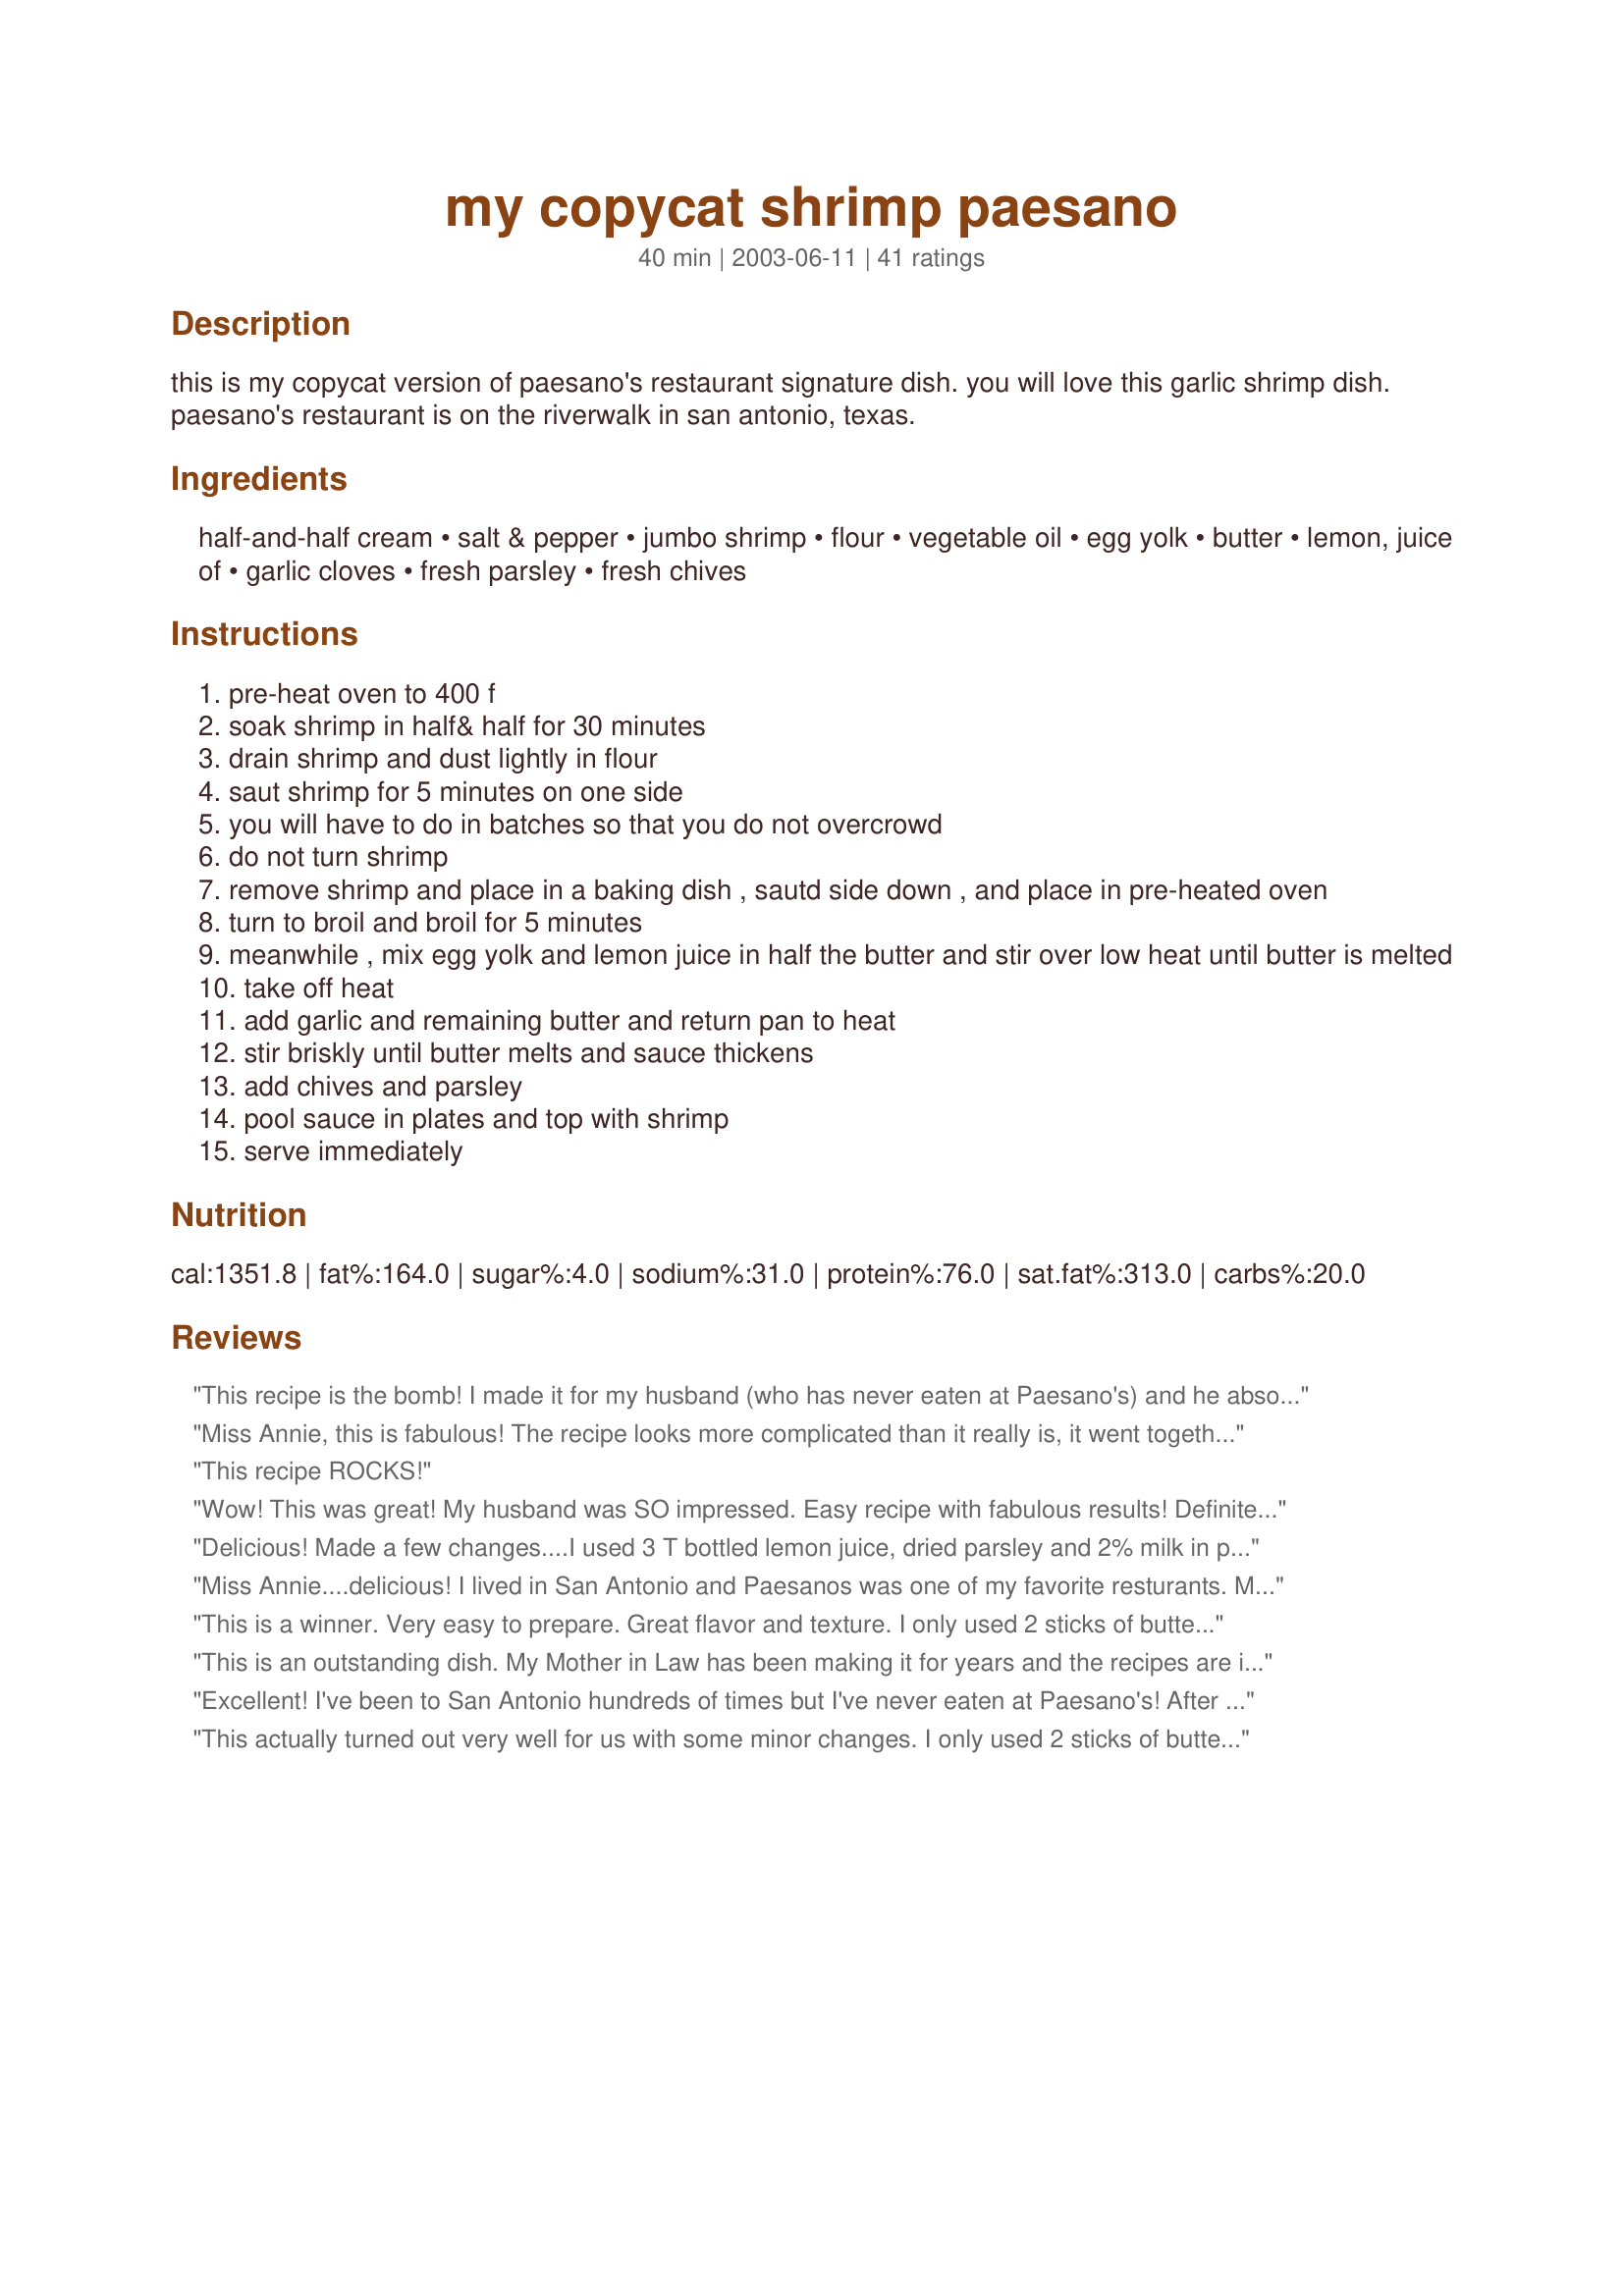
my copycat shrimp paesano
Preparation time: 40 minutes

this is my copycat version of paesano's restaurant signature dish. you will love this garlic shrimp dish. paesano's restaurant is on the riverwalk in san antonio, texas.

Ingredients:
half-and-half cream, salt & pepper, jumbo shrimp, flour, vegetable oil, egg yolk, butter, lemon, juice of, garlic cloves, fresh parsley, fresh chives

Steps:
pre-heat oven to 400 f
soak shrimp in half& half for 30 minutes
drain shrimp and dust lightly in flour
saut shrimp for 5 minutes on one side
you will have to do in batches so that you do not overcrowd
do not turn shrimp
remove shrimp and place in a baking dish , sautd side down , and place in pre-heated oven
turn to broil and broil for 5 minutes
meanwhile , mix egg yolk and lemon juice in half the butter and stir over low heat until butter is melted
take off heat
add garlic and remaining butter and return pan to heat
stir briskly until butter melts and sauce thickens
add chives and parsley
pool sauce in plates and top with shrimp
serve immediately

Reviews:
This recipe is the bomb! I made it for my husband (who has never eaten at Paesano's) and he absolutely LOVED it! I have had the "real" Shrimp Paesano, and I can tell you this is a GREAT recipe. I won't be going there for this dish anymore - I like mine (yours) just as well! 

One thing... step 9 says to remove the sauce from the heat and step 10 says to add the rest of the sauce ingredients, but never says to return the pan to the heat, which I had to do iin order to finish the sauce. I submitted a correction, I hope you don't mind... just in case there's another out there like me who follows a recipe "to the T". Thanks for sharing this great recipe - I will be making it for a long time to come, I am sure!
Miss Annie, this is fabulous! The recipe looks more complicated than it really is, it went together very nicely. This has an amazing good flavor, we devoured it! I couldn't find any jumbo shrimp, so used extra large, there was 28 of them in a pound. I served this with steamed red potatoes and fresh asparagus. Heaven!! Thanks Ann!
This recipe ROCKS!
Wow! This was great! My husband was SO impressed. Easy recipe with fabulous results! Definitely my favorite shrimp recipe. Thanks!!
Delicious! Made a few changes....I used 3 T bottled lemon juice, dried parsley and 2% milk in place of the half and half. I felt guilty using all the butter, I think I'll skimp with 1 cup only and add more milk BUT also decrease lemon juice next time. My family really enjoyed this! We served over fettucini with roasted asparagus and a winter salad. I poured the sauce over the shrimp and then broiled as directed(sauce made ahead of time and this kept it warm.) Will add to favorites! TY
Miss Annie....delicious! I lived in San Antonio and Paesanos was one of my favorite resturants. My friends and I loved it. We all ordered the shrimp scampi as an appetizer, everytime we went. I was thinking though, maybe a just little plain bread crumbs added to the flour..again just a little. There is a texture in the real one that I believe is bread crumbs. (? imo) I do however believe you hit it on the nail with all other ingredients. Great Recipe regardless. Thanks! Long live shrimp scampi!
This is a winner. Very easy to prepare. Great flavor and texture. I only used 2 sticks of butter. I replaced the lemon juice with Key Lime Juice
This is an outstanding dish. My Mother in Law has been making it for years and the recipes are indentical. I prepared it recently and after plating it I just had to take a picture to show off.
Excellent! I've been to San Antonio hundreds of times but I've never eaten at Paesano's! After trying out this recipe, I'll be dining at Paesano's next time I'm in town. In the meantime, I'll be fixing this dish over and over again. I followed your directions exactly and wouldn't change a thing! I served this over wheat pasta along with a fresh tossed salad. Thanks Miss Annie!
This actually turned out very well for us with some minor changes. I only used 2 sticks of butter, but could have used much, much less I think. After tasting the sauce it needed some seasoning so I added some kosher salt and fresh ground pepper. I also seasoned the shirmp with Old Bay Seasoning to spice it up a little for our taste. Dave loved it. Served this with <a href="/189611">Lemon Lovin' Asparagus</a> and a salad and we had a perfect dinner. Thanks for sharing.
Excellent! Living in San Antonio, I still can't make it Paesano's nearly enough for this dish. Now I don't have to. Fantastic copy-cat recipe. Thanks for sharing!
This recipe was one of the best shrimp dishes I have tasted and cooked. Very high quality taste to it and pretty easy to make. My kids and husband gobbled it up. Good job and thanks!
I have to admit, I live in San Antone and have never been to Paesano's....but I have been told this is better. I made shrimp with only 2 sticks of butter and no other changes. Served with Angel Hair pasta and sauted spinach and asparagus...then put the shrimp on top of the pasta and poured the sauce. The man of the house said I just need 2 more hits like this and I should open my only restaurant!! Thanks for a great recipe.
This one was a winner with my crew. Excellent all the way!! I will be making this often. Easy to prepare and the results are phenomenal. Thank you Miss Annie for a wonderful recipe.
Miss Annie....3 words, yum, yum, yum! My husband's only comment, "oh honey, awesome dinner!" Easy, quick, and very, very good....thank you.
I followed this precisely, except I didn't use as much flour as recommended. About 1/4 c. nicely lightly dusted the shrimp. There was tons of extra sauce, so I'll save that for later, and probably add another 2-3 cloves of garlic, or maybe some cayenne. The dish was rather bland to my tastes and slightly disappointing. I'm going to try it again, because of the ratings, and just see if it was an off night for me. I hope so....
Having never been to the restaurant in Texas, I had nothing to compare it to. I made this a few weeks ago and we loved it, So much so I'm serving tonight on Xmas Eve with other seafood. It's not some we would eat often, since it's pretty rich, but a very nice special occasion meal.
I will try again for sure, but for some reason this didn't turn out the way it should have. I must have done something wrong since other reviews say it tastes just like the real thing. That's what I was looking forward to, as Shrimp Paesano from Paesano's is to die for! I will review again after the next time!
Nice dish- hubby really liked it. kids were ok with it. used only 2 sticks butter. the only problem with this dish is the heavyness of the butter sauce. i did add some half and half to the sauce- had to make it spread a little more since i used 2 lb of shrimp. also used a little more garlic and lemon. I only wish this wern't such a HIGH FAT/Calorie dish cause we would definately eat it more often. We ate over linguini, but I felt that it would be much better as a appetizer (just shrimp and sauce) than a meal. so the next time we might cut the recipe in half and just use as a appetizer when we have appetizer night. thanks so much for sharing this. A wonderful recipe!!!!
Did this recipe just as it states. I have never had shrimp made this way before....and I must say it was wonderful..... My hubby said I can make this again soon. Thanks for sharing such a great shrimp recipe.
I really liked it- very light. Served it with pasta. Dh didn't like the sauce much, but he still liked the shrimp.

thank you
I've never been to Paesano before, so I have no idea about the copycat quality of the recipe, but I do know that I enjoyed it very much! I used 31-40/lb shrimp and removed the tails, and at the end I let the shrimp soak in the sauce, then removed them for serving (husband is not a big fan of saucy foods), but other than that, it was the same. The one side saute and the broil give them such a unique and tasty texture.

I may liven it up with some sort of spice the next time (paprika or similar), because while the dish is not bland, t doesn't have the kick I usually look for. But it is a wonderful departure from the usual super spicy or super creamy/cheesy shrimp dishes!
loved it! added 1 c. half and half (from marinade) to sauce and served over pasta!
Fab!!!! This is our new favorite romantic dinner at home! Thanks!
Excellent! I loved how crispy the shrimp were - seasoned great too. I pretty much followed directions exactly, just used enough 1/2 & 1/2 to cover my shrimp. We didn't eat these over pasta. We used cheesy garlic toast to soak up the sauce instead. Will make again!
Decadent! So tasty! Thank you!
Correction to my review -Should have said 4 cloves of garlic --- not 4 cloves. Sorry!
Sorry not to be able to give it more stars. My family of men "liked" it but it definately was missing something. I followed it to a T (except for parsley which my family does not care for.) After serving, everyone added a good bit of salt, and I also sprinkled mine with chipotle pepper for more kick. It's good, but not great, and no one asked that I make it again....... Obviously, this has appealed more to others than it did to my family.
Wow! Great recipe! My husband had nothing but good things to say all night! So easy to make and the results are wonderful!
I have been to Paesano's many many times and this is the real thing. I made it with shrimp two nites ago, but tonite I am making it again with thin sliced boneless porkchops. I also plan to make it with pounded chicken breasts. This is SO easy and absolutely delicious.
I honestly do not know what I did wrong? I followed what was said and they just didnt even look appealing. They had a good flavor, but I think that I messed up on the saute' part. I just don't know, and I hate to give it less than 4 from all the other wonderful reviews, but my experience didnt turn out so well. :S
We ate this on the Riverwalk again last weekend. My husband used to be a shrimper, and so he paid attention when the waiter told us, the shrimp were a size 12. All I know, they were huge! There seemed to be a good amount of fresh squeezed lemon in the sauce, and this seemed to give it kick. It was served around angel hair pasta and the sauce soaked into the pasta so well, that I couldn't get enough of it. I don't usually eat pasta much, but I can't stop craving that pasta now because of the sauce. The waiter also offered fresh grated parmesan over the dish, which I took and felt it added to the flavor. I'm going to try your recipe this week and hoping to satisfy my craving as I live 3 hours away from San Antonio and probably won't be back for a while, but Paesano's is a never miss attraction for whenever I visit. Oh, and their margarita was great too. My husband had the Italian margarita made with a shot of Amaretto.
This was delicious! I used 1.5 pounds of Super Jumbo shrimp, and I found that one pint of half and half was enough to soak the shrimp, and reserve some to add to the sauce. I used 2 sticks of butter instead of 3, and it was great. The garlic in this is wonderful...it gives the dish great flavor. You may want to add a little lemon, and check the taste before adding more, as I found that it was a bit on the lemony side(I love lemon, my fiancee does not). Tasted like a restaurant dish. Thank you Miss Annie!!
I am so sorry to only give this recipe one star, but something was just lacking. I followed the recipe to a T and my family and I were all so disappointed with the taste of the dish at serving. It might have been that I was expecting a bright flavor given from the lemon in the sauce. We found the dish very bland and that the sauce broke by the time dinner was being finished. Sorry again, I wanted so badly to enjoy.
Sader
Ok CP it may not be exactly the same, but for an SA ex-pat, it was pretty close to the way I remember it and excellent none-the-less. Thanks for sharing Miss Annie!
I made this and was thrilled that it came out so wonderfully! I loved the flavors and it was a big hit with my company as well. I made wild rice pilaf and candied carrots on the side and it was a wonderful dinner all the way around!
You can add another easy 5 stars to this recipe, Miss Annie! I have never been to San Antonio, so I have not eaten at Paesano's, ~ until last night ; ). Dan and I enjoyed our meal so much, we felt as though we were eating along the Riverwalk! I did not change a thing about your recipe and it turned out wonderfully! No changes needed and so easy to prepare. Thanks again, Miss Annie, for another wonderful meal!
excellent taste! very easy to make!
Excellente, Miss Annie!!! I have had Shrimp Paesano there, before, and loved it. Okay, tell the truth....are you "moonlighting" as a chef at Paesano's?? LOL! Seriously, this is a wonderful recipe. I wouldn't change one thing about it. Add a little pasta and a salad, close your eyes and you're on the riverwalk! Thanks bunches for sharing this recipe!!

This is a show stopper for sure!! I use olive oil instead of vegetable oil. Also, for the sauce, this recipe forgot to list the chives and that helps make the dish!!! Add equal parts parsley and chives. I actually use about 1/2 cup of each, but you can use less. Try this one tonight!
Sorry, I hate to burst your bubble but I used to work at the original Paesanos on McCullough in San Antonio. Everyone tried to get this recipe and it was never revealed. As far as I know Joe and his beautiful wife are not divorced (but I haven&#039;t lived there for 20 years. If someone would say &quot;what if I am allergic to something in the sauce&quot; We would tell them they had to tell us their allergy, go ask Joe, and then report back 991/2% of the time they were not to worry it didn&#039;t have whatever they came up with.&lt;br/&gt;As far a I know it contains only cleaned and deveined 10/15 shrimp, no tails, soaked in milk, dregged in flour and sauteed on both sides. Before serving they are heated in an oven which recrisps the top of the shrimp. The sauce is only unsalted butter, slowly melted using a hand wisk, it must be on a very low temperature or it will clarify then the only ingredients added are garlic, parsley and lemon. No chives, no egg, no half and half. It is all in the technique that the butter is melted. Butter, egg yolk and lemon is hollandaise sauce, you can add garlic and parsley to that and it will be lose but it won&#039;t be Paesano sauce. For their Picatta sauce they leave out the garlic and parsley. Good luck.
